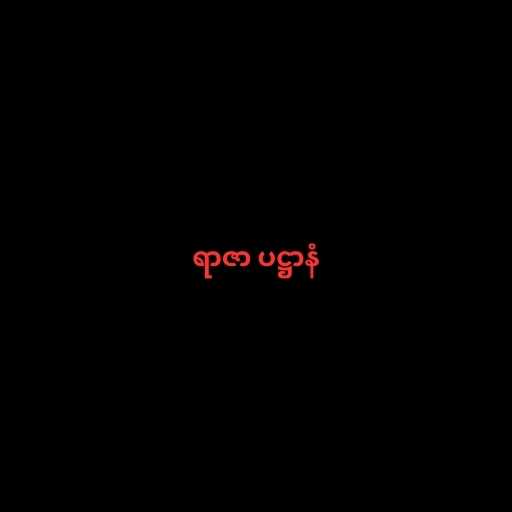
ရာဇာ ပဋ္ဌာနံ